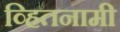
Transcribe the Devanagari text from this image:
व्हितनामी